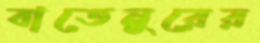
বাতেনুরের